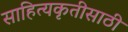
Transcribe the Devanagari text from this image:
साहित्यकृतीसाठी